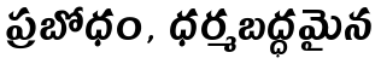
ప్రబోధం, ధర్మబద్ధమైన